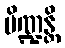
ပိဏ္ဍန္တိ